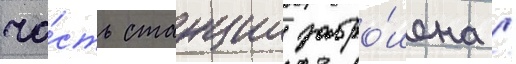
ча́сть станции забро́шена /